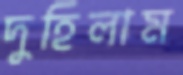
দুহিলাম